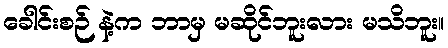
ခေါင်းစဉ် နဲ့က ဘာမှ မဆိုင်ဘူးလား မသိဘူး။